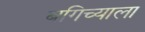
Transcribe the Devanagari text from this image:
बगिच्याला